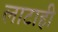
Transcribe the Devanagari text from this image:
लाटाही